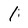
Character: 1